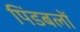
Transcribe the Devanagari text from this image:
पिंडबलों